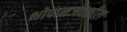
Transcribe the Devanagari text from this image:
भोपाळजवळील